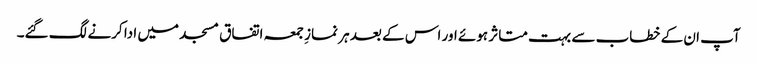
آپ ان کے خطاب سے بہت متاثر ہوئے اور اس کے بعد ہر نمازِ جمعہ اتفاق مسجد میں ادا کرنے لگ گئے۔